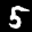
Label: 5